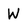
Character: W